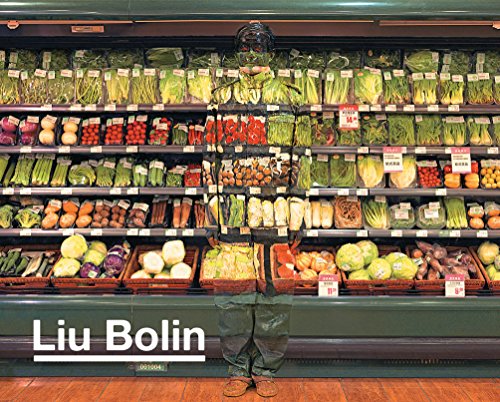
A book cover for Liu Bolin; Liu Bolin; Arts & Photography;